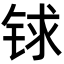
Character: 𨱇